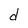
Character: d